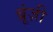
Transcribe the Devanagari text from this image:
ब्रूंज़ी